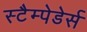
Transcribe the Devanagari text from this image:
स्टैम्पेडेर्स